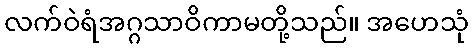
လက်ဝဲရံအဂ္ဂသာဝိကာမတို့သည်။ အဟေသုံ